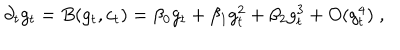
\partial _ { t } g _ { t } = B ( g _ { t } , c _ { t } ) = \beta _ { 0 } g _ { t } + \beta _ { 1 } g _ { t } ^ { 2 } + \beta _ { 2 } g _ { t } ^ { 3 } + O ( g _ { t } ^ { 4 } ) \; ,